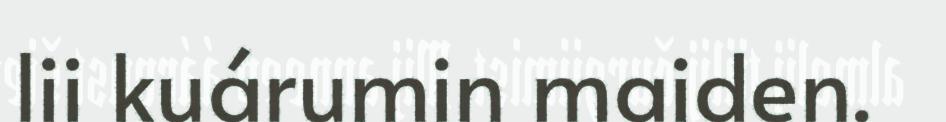
lii kuárumin maiden.